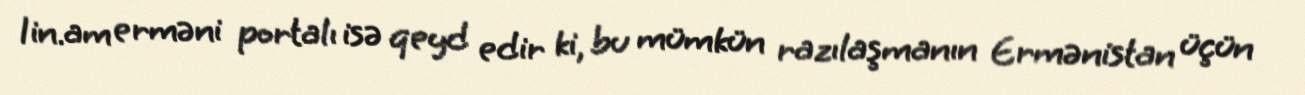
1in.am erməni portalı isə qeyd edir ki, bu mümkün razılaşmanın Ermənistan üçün